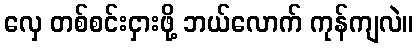
လှေ တစ်စင်းငှားဖို့ ဘယ်လောက် ကုန်ကျလဲ။